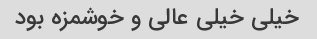
خیلی خیلی عالی و خوشمزه بود